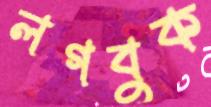
লগবুক